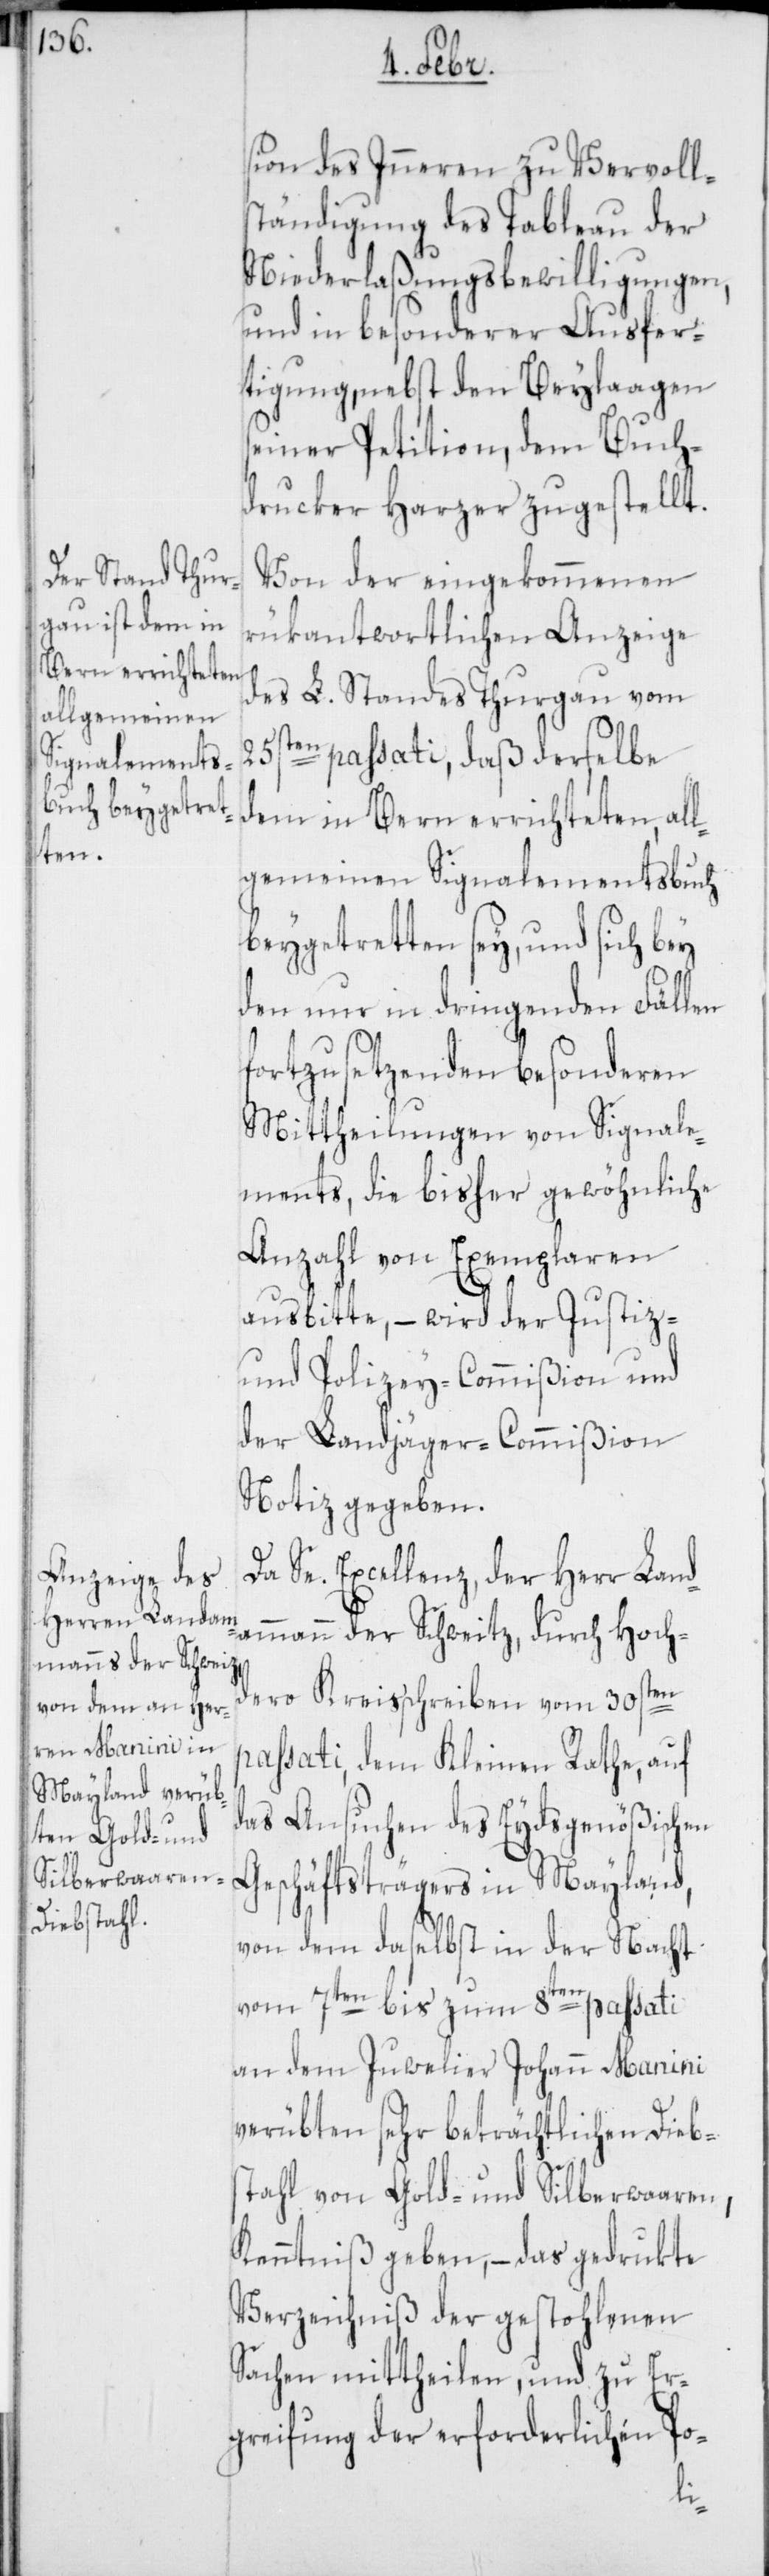
sion des Inneren zu Vervoll¬
ständigung des Tableau der
Niederlaßungsbewilligungen,
und in besonderer Ausfer¬
tigung, nebst den Beylagen
seiner Petition, dem Buch¬
druker Harzer zugestellt.
Von der eingekommenen
rükantwortlichen Anzeige
des L. Standes Thurgau vom
25sten passati, daß derselbe
dem in Bern errichteten, all¬
gemeinen Signalementsbuch
beygetretten sey, und sich bey
den nur in dringenden Fällen
fortzusetzenden besonderen
Mittheilungen von Signale¬
ments, die bisher gewöhnliche
Anzahl von Exemplaren
ausbitte, – wird der Justiz-
und Polizey-Commißion und
der Landjäger-Commißion
Notiz gegeben.
Da Se. Excellenz, der Herr Land¬
ammann der Schweitz, durch hoch¬
dero Kreisschreiben vom 30sten
passati, dem Kleinen Rathe, auf
das Ansuchen des Eydsgenößischen
Geschäftsträgers in Mayland,
von dem daselbst in der Nacht
vom 7ten bis zum 8ten passati
an dem Juwelier Johann Manini
verübten sehr beträchtlichen Diebs¬
tahl von Gold- und Silberwaaren,
Kenntniß geben, – das gedrukte
Verzeichniß der gestohlenen
Sachen mittheilen, und zu Er¬
greifung der erforderlichen Po-